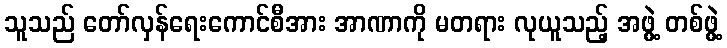
သူသည် တော်လှန်ရေးကောင်စီအား အာဏာကို မတရား လုယူသည့် အဖွဲ့ တစ်ဖွဲ့